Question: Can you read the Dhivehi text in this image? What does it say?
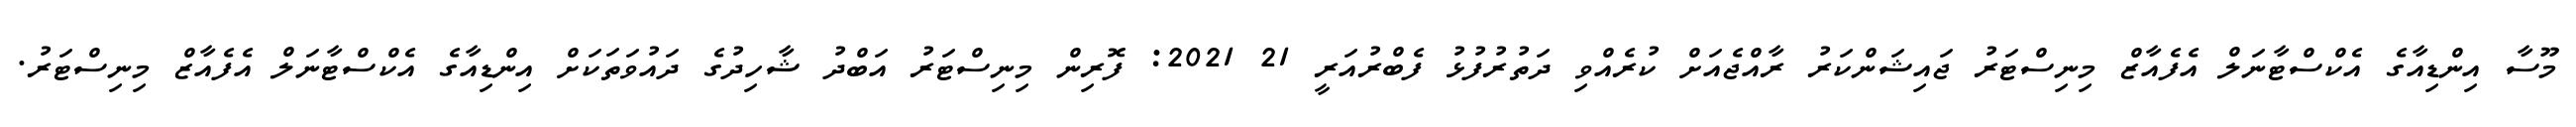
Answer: މޫސާ އިންޑިއާގެ އެކްސްޓާނަލް އެފެއާޒް މިނިސްޓަރު ޖައިޝަންކަރު ރާއްޖެއަށް ކުރެއްވި ދަތުރުފުޅު ފެބްރުއަރީ 21 2021: ފޮރިން މިނިސްޓަރު އަބްދު ޝާހިދުގެ ދައުވަތަކަށް އިންޑިއާގެ އެކްސްޓާނަލް އެފެއާޒް މިނިސްޓަރު.